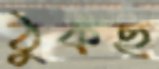
ঠুকছ